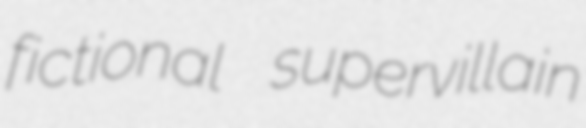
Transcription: fictional supervillain